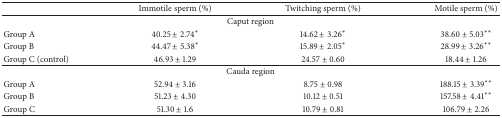
<table><thead><tr><td><b> </b></td><td><b>Immotile sperm (%)</b></td><td><b>Twitching sperm (%)</b></td><td><b>Motile sperm (%)</b></td></tr></thead><tbody><tr><td colspan="4">Caput region</td></tr><tr><td>Group A</td><td>40.25 ± 2.74<sup>∗</sup></td><td>14.62 ± 3.26<sup>∗</sup></td><td>38.60 ± 5.03<sup>∗∗</sup></td></tr><tr><td>Group B</td><td>44.47 ± 5.38<sup>∗</sup></td><td>15.89 ± 2.05<sup>∗</sup></td><td>28.99 ± 3.26<sup>∗∗</sup></td></tr><tr><td>Group C (control)</td><td>46.93 ± 1.29</td><td>24.57 ± 0.60</td><td>18.44 ± 1.26</td></tr><tr><td colspan="4">Cauda region</td></tr><tr><td>Group A</td><td>52.94 ± 3.16</td><td>8.75 ± 0.98</td><td>188.15 ± 3.39<sup>∗∗</sup></td></tr><tr><td>Group B</td><td>51.23 ± 4.30</td><td>10.12 ± 0.51</td><td>157.58 ± 4.41<sup>∗∗</sup></td></tr><tr><td>Group C</td><td>51.30 ± 1.6</td><td>10.79 ± 0.81</td><td>106.79 ± 2.26</td></tr></tbody></table>